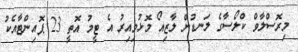
މިރޮސްލާވް ކްލޯސާގެ ލަނޑުން ލާޒިއޯ މޮޅުވިއިރު އެ ޓީމު އޮތީ 23 ޕޮއިންޓާއެކު